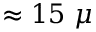
\approx 1 5 ~ \mu